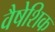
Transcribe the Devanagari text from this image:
वैषेशिक